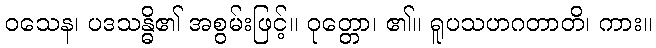
ဝသေန၊ ပဒသန္ဓိ၏ အစွမ်းဖြင့်။ ဝုတ္တော၊ ၏။ ရူပသဟဂတာတိ၊ ကား။